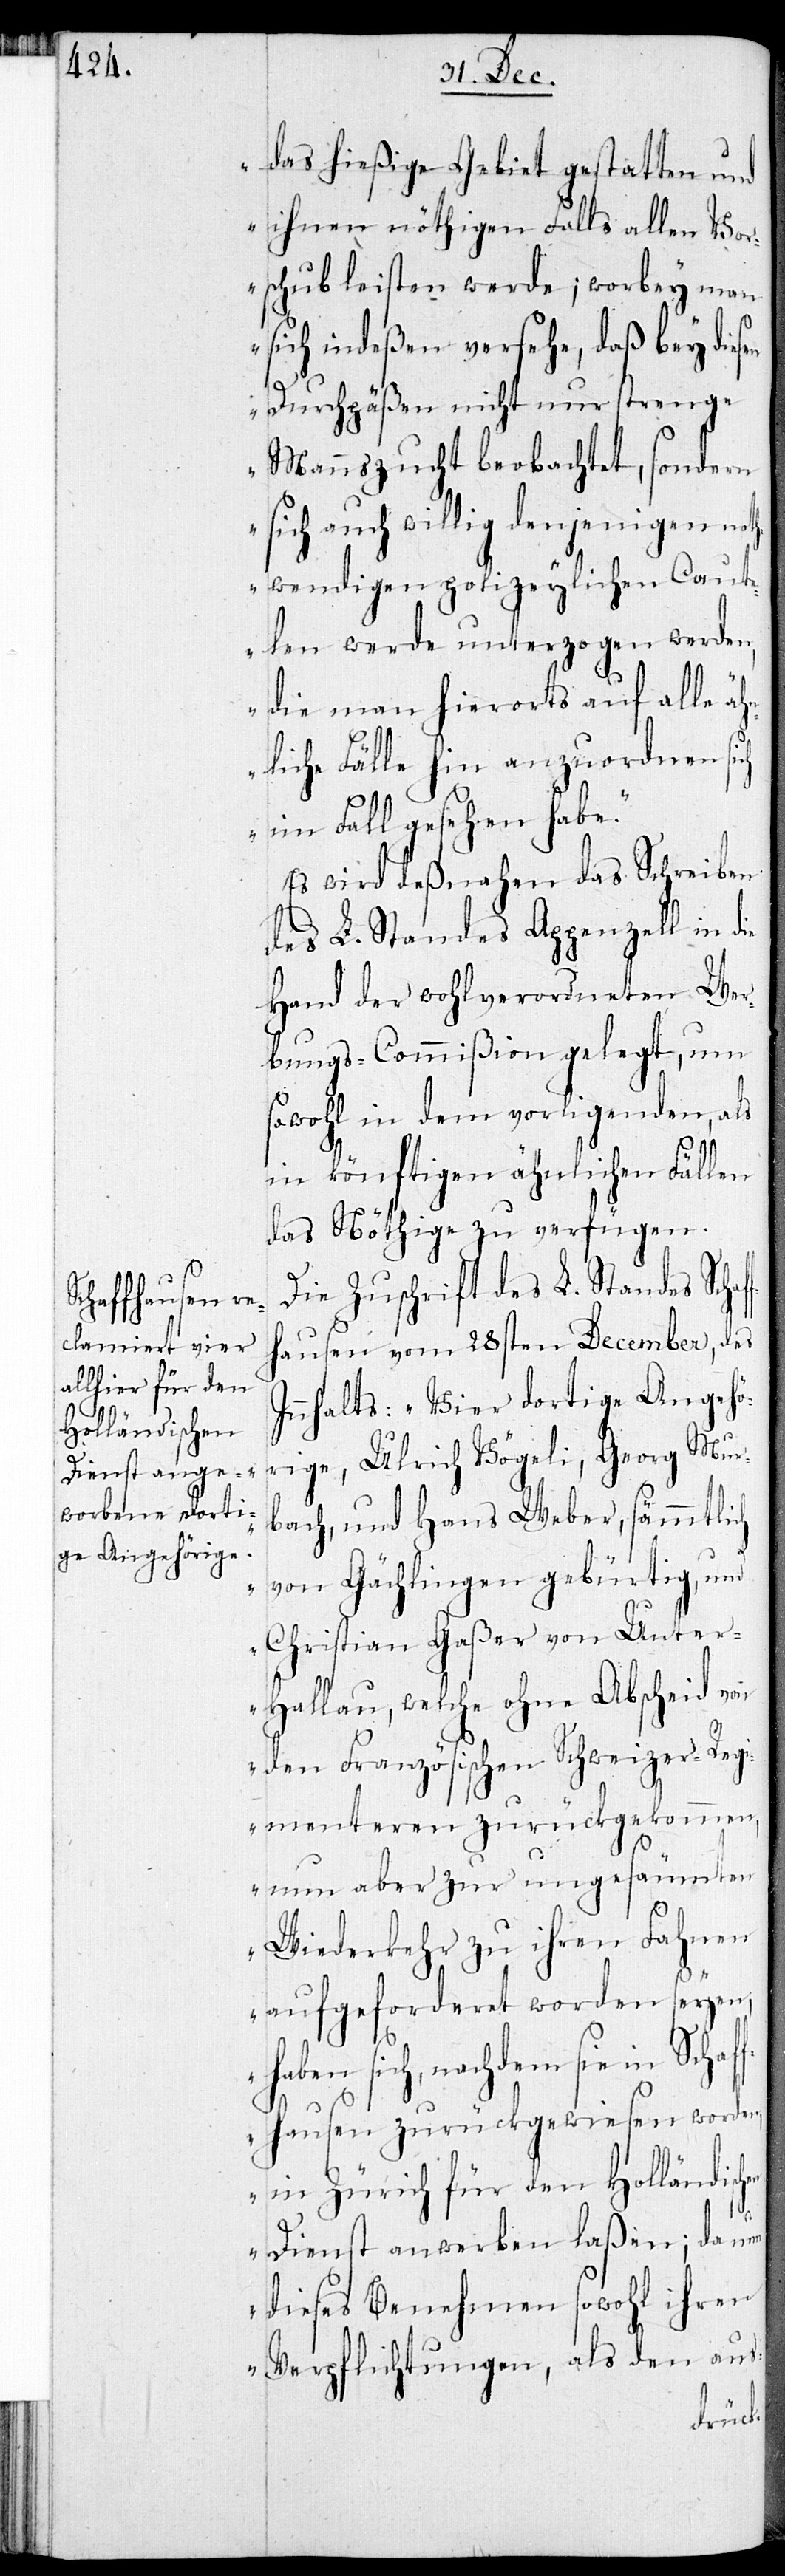
das hießige Gebiet gestatten und
ihnen nöthigen Falls allen Vor¬
schub leisten werde; worbey man
sich indeßen versehe, daß bey dies¬
en Durchpäßen nicht nur strenge
Mannszucht beobachtet, sondern
sich auch willig denjenigen noth¬
wendigen polizeylichen Cont¬
rollen werde unterzogen werden,
die man hierorts auf alle äh¬
nliche Fälle hin anzuordnen sich
im Fall gesehen habe.“
Es wird desnahen das Schreiben
des L. Standes Appenzell in die
Hand der wohlverordneten Wer¬
bungs-Commißion gelegt, um
sowohl in dem vorligenden, als
ff¬
in künftigen ähnlichen Fällen
das Nöthige zu verfügen.
Die Zuschrift des L. Standes Scha¬
hausen vom 28sten December, des
Innhalts: „Vier dortige Angehö¬
rige, Ulrich Vögeli, Georg Mur¬
bach, und Hans Weber, sämmtlich
von Gächlingen gebürtig und
Christian Gaßer von Unte¬
r-Hallau, welche ohne Abscheid von
den Französischen Schweizer-Regi¬
menteren zurückgekommen,
nun aber zur ungesäumten
Wiederkehr zu ihren Fahnen
aufgeforderet worden seyen,
haben sich nachdem sie in Schaf¬
fhausen zurückgewiesen worden,
in Zürich für den Holländisc¬
Dienst anwerben laßen; da
dieses Benehmen sowohl ihren
Verpflichtungen, als den aus-
hen